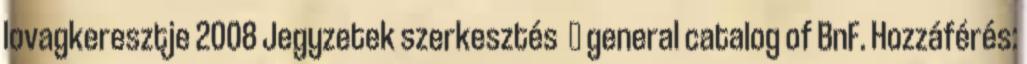
lovagkeresztje 2008 Jegyzetek szerkesztés ↑ general catalog of BnF. Hozzáférés: